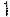
1